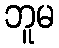
ဘူမ